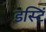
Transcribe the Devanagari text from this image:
डस्टिं